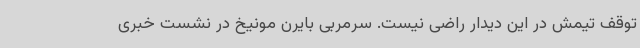
توقف تیمش در این دیدار راضی نیست. سرمربی بایرن مونیخ در نشست خبری